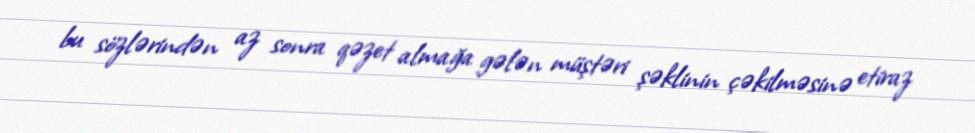
bu sözlərindən az sonra qəzet almağa gələn müştəri şəklinin çəkilməsinə etiraz